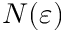
N ( \varepsilon )